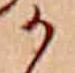
か